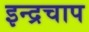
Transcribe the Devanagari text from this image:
इन्द्रचाप